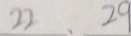
2 2 . 2 9